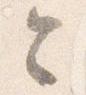
令